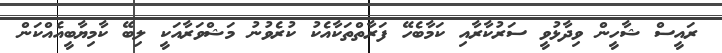
ރައީސް ޝާހީން ވިދާޅުވީ ސަރުކާރާއި ކަމާބެހޭ ފަރާތްތަކާއެކު ކުރެވުނު މަޝްވަރާއަކީ ލިބޭ ކާމިޔާބީއެއްކަން